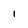
Character: I